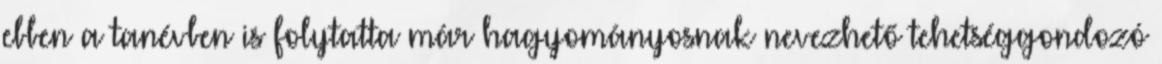
ebben a tanévben is folytatta már hagyományosnak nevezhető tehetséggondozó